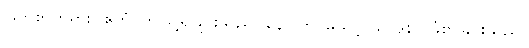
မြတ်စွာဘုရား။ ဧတံ၊ ဤသို့ရှုခြင်းသည်။ နော ဟိ၊ မသင့်။ ဝေဒနာ၊ ခံစာခြင်းသည်။